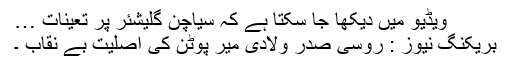
ویڈیو میں دیکھا جا سکتا ہے کہ سیاچن گلیشئر پر تعینات …
بریکنگ نیوز : روسی صدر ولادی میر پوٹن کی اصلیت بے نقاب ۔